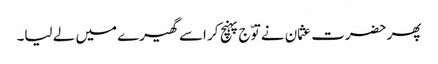
پھر حضرت عثمان نے توّج پہنچ کر اسے گھیرے میں لے لیا۔